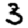
Digit: 3